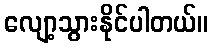
လျော့သွားနိုင်ပါတယ်။